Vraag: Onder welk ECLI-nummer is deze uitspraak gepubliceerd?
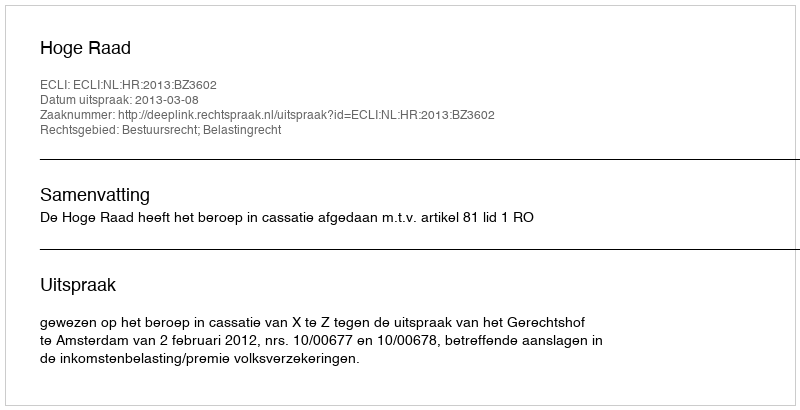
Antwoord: ECLI:NL:HR:2013:BZ3602